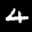
Label: 4